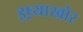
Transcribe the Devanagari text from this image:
इष्र्याखोर